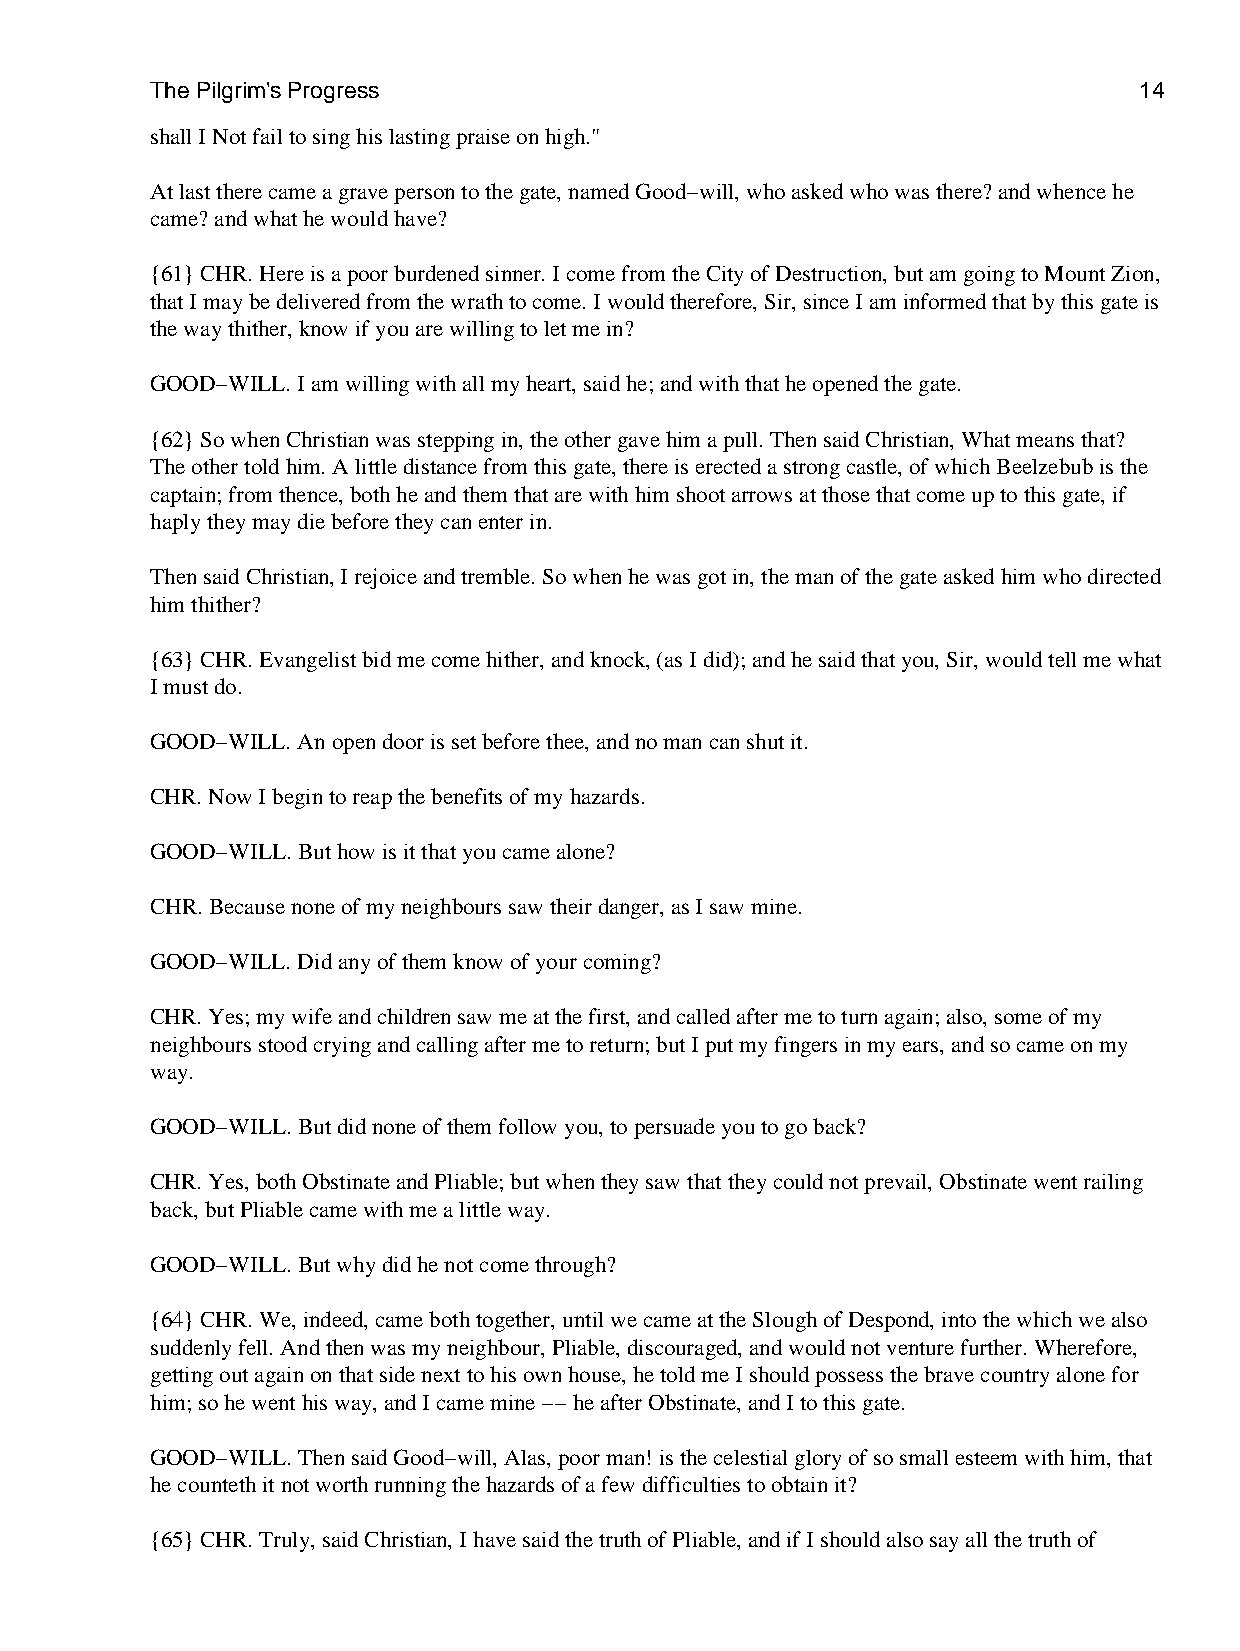
The Pilgrim's Progress                                           14
 shall I Not fail to sing his lasting praise on high."
 At last there came a grave person to the gate, named Good−will, who asked who was there? and whence he
 came? and what he would have?
 {61} CHR. Here is a poor burdened sinner. I come from the City of Destruction, but am going to Mount Zion,
 that I may be delivered from the wrath to come. I would therefore, Sir, since I am informed that by this gate is
 the way thither, know if you are willing to let me in?
 GOOD−WILL. I am willing with all my heart, said he; and with that he opened the gate.
 {62} So when Christian was stepping in, the other gave him a pull. Then said Christian, What means that?
 The other told him. A little distance from this gate, there is erected a strong castle, of which Beelzebub is the
 captain; from thence, both he and them that are with him shoot arrows at those that come up to this gate, if
 haply they may die before they can enter in.
 Then said Christian, I rejoice and tremble. So when he was got in, the man of the gate asked him who directed
 him thither?
 {63} CHR. Evangelist bid me come hither, and knock, (as I did); and he said that you, Sir, would tell me what
 I must do.
 GOOD−WILL. An open door is set before thee, and no man can shut it.
 CHR. Now I begin to reap the benefits of my hazards.
 GOOD−WILL. But how is it that you came alone?
 CHR. Because none of my neighbours saw their danger, as I saw mine.
 GOOD−WILL. Did any of them know of your coming?
 CHR. Yes; my wife and children saw me at the first, and called after me to turn again; also, some of my
 neighbours stood crying and calling after me to return; but I put my fingers in my ears, and so came on my
 way.
 GOOD−WILL. But did none of them follow you, to persuade you to go back?
 CHR. Yes, both Obstinate and Pliable; but when they saw that they could not prevail, Obstinate went railing
 back, but Pliable came with me a little way.
 GOOD−WILL. But why did he not come through?
 {64} CHR. We, indeed, came both together, until we came at the Slough of Despond, into the which we also
 suddenly fell. And then was my neighbour, Pliable, discouraged, and would not venture further. Wherefore,
 getting out again on that side next to his own house, he told me I should possess the brave country alone for
 him; so he went his way, and I came mine −− he after Obstinate, and I to this gate.
 GOOD−WILL. Then said Good−will, Alas, poor man! is the celestial glory of so small esteem with him, that
 he counteth it not worth running the hazards of a few difficulties to obtain it?
 {65} CHR. Truly, said Christian, I have said the truth of Pliable, and if I should also say all the truth of